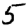
Digit: 5